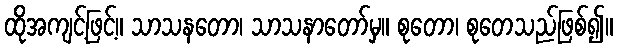
ထိုအကျင့်ဖြင့်။ သာသနတော၊ သာသနာတော်မှ။ စုတော၊ စုတေသည်ဖြစ်၍။